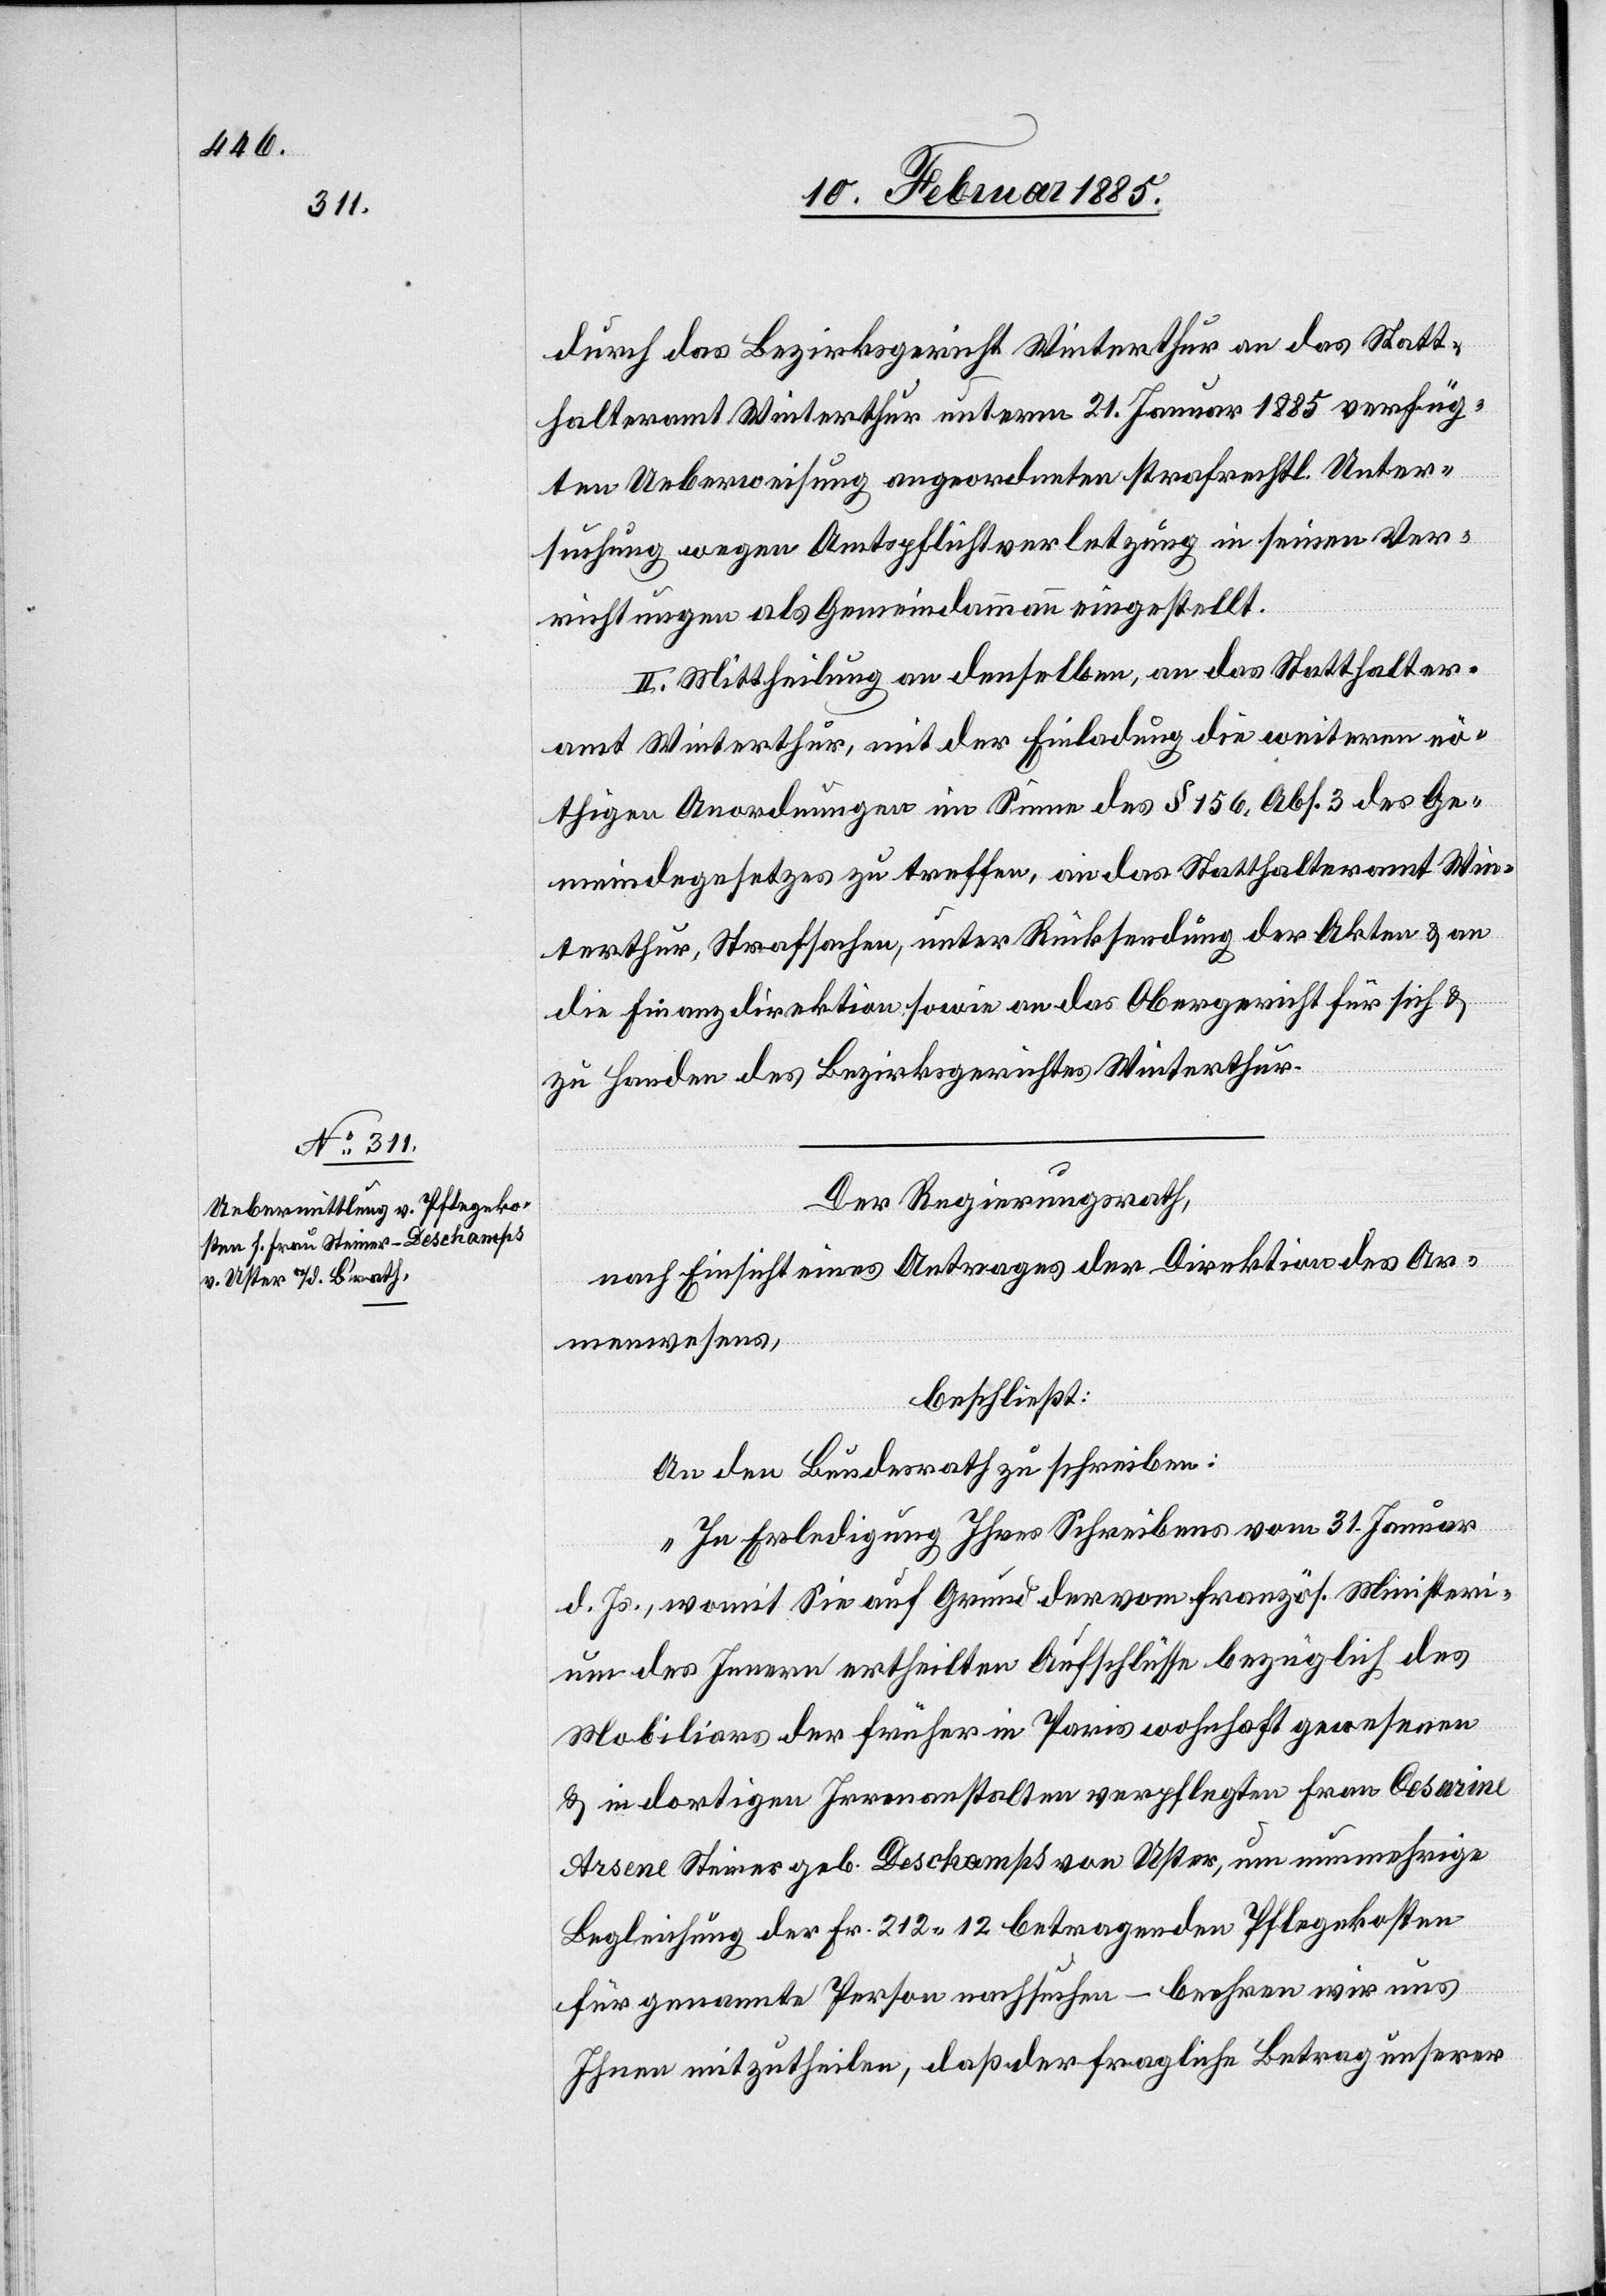
durch das Bezirksgericht Winterthur an das Statt¬
halteramt Winterthur unterm 21. Januar 1885 verfüg¬
ten Ueberweisung angeordneten strafrechtl. Unter¬
suchung wegen Amtspflichtverletzung in seinen Ver¬
richtungen als Gemeindammann eingestellt.
II. Mittheilung an denselben, an das Statthalter¬
amt Winterthur, mit der Einladung die weitern nö¬
thigen Anordnungen im Sinne des § 156, Abs. 3 des Ge¬
meindegesetzes zu treffen, an das Statthalteramt Win¬
terthur, Strafsachen, unter Rücksendung der Akten & an
die Finanzdirektion sowie an das Obergericht für sich &
zu Handen des Bezirksgerichtes Winterthur.
Der Regierungsrath,
nach Einsicht eines Antrages der Direktion des Ar¬
menwesens,
beschließt:
An den Bundesrath zu schreiben:
„In Erledigung Ihres Schreibens vom 31. Januar
d. Js., womit Sie auf Grund der vom französ. Ministeri¬
um des Innern ertheilten Aufschlüsse bezüglich des
Mobiliars der früher in Paris wohnhaft gewesenen
& in dortigen Irrenanstalten verpflegten Frau Cesarine
Arsene Steiner geb. Deschamps von Uster, um nunmehrige
Begleichung der Fr. 212 12 betragenden Pflegekosten
für genannte Person nachsuchen – beehren wir uns
Ihnen mitzutheilen, daß der fragliche Betrag unserer